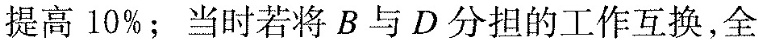
提高10%；当时若将B与D分担的工作互换，全